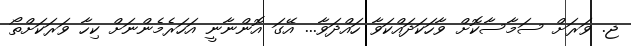
ޖ. ވަރަށް ސަމާސާކޮށް ވާހަކަދައްކަވާ ހައްދަވާ... އޭގަ އޮންނާނީ އަހަރެމެންނަށް ކިހާ ވަރަކަށްތޯ